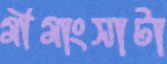
মীমাংসাটা